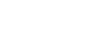
ခံရသဖြင့်